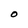
Character: O